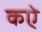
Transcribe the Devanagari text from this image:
कऐ